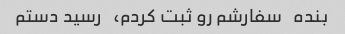
بنده   سفارشم رو ثبت کردم،   رسید دستم